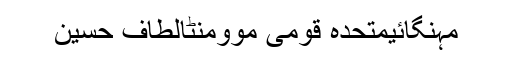
مہنگائیمتحدہ قومی موومنٹالطاف حسین